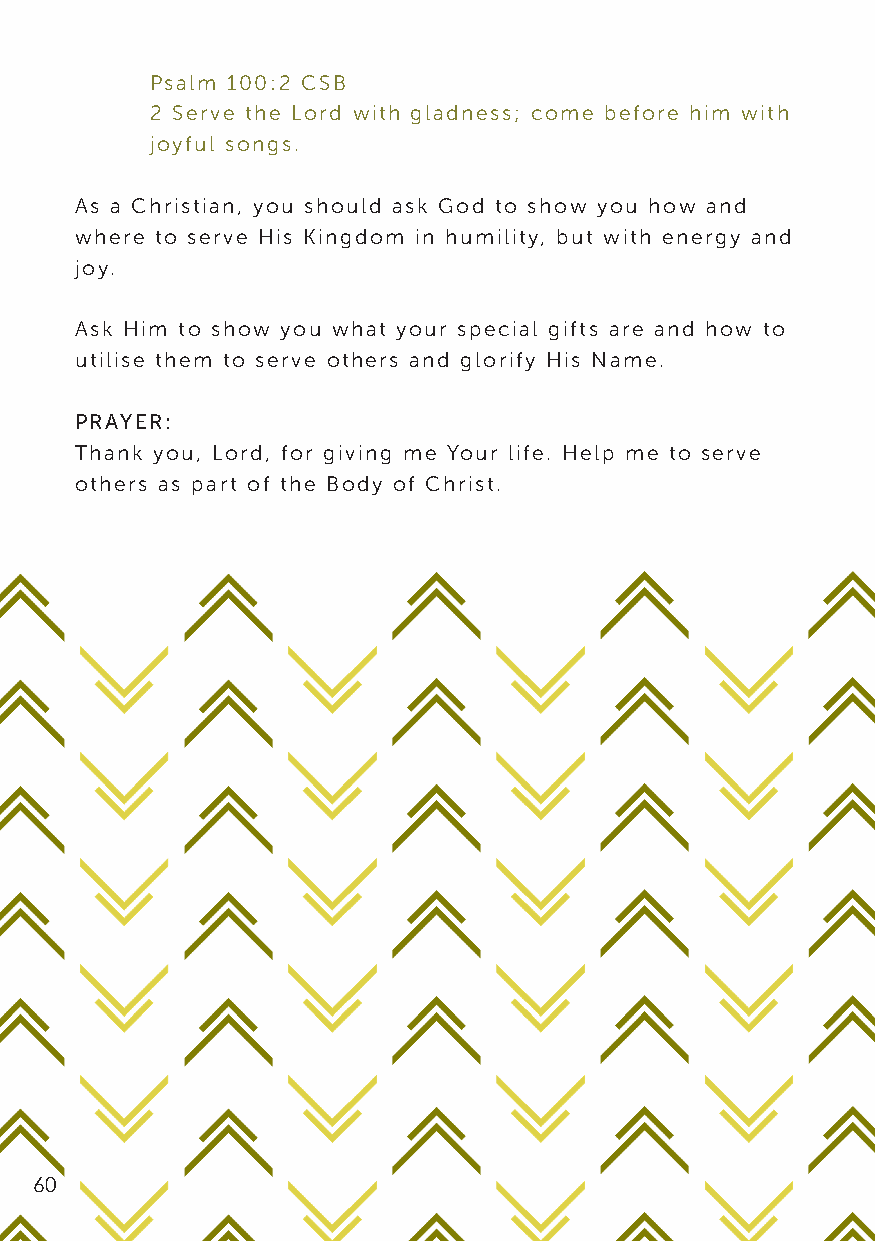
Psalm 100:2 CSB
 2 Serve the Lord with gladness; come before him with
 joyful songs.
 As a Christian, you should ask God to show you how and
 where to serve His Kingdom in humility, but with energy and
 joy.
 Ask Him to show you what your special gifts are and how to
 utilise them to serve others and glorify His Name.
 PRAYER:
 Thank you, Lord, for giving me Your life. Help me to serve
 others as part of the Body of Christ.
 60